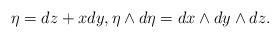
LaTeX: \begin{align*}\eta=dz+xdy,\eta\wedge d\eta = dx\wedge dy\wedge dz.\end{align*}